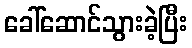
ခေါ်ဆောင်သွားခဲ့ပြီး